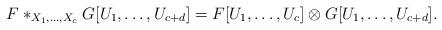
LaTeX: \begin{align*}F\ast_{X_1,\dots,X_c} G[U_1,\dots, U_{c+d}] = F[U_1,\dots,U_c]\otimes G[U_1,\dots, U_{c+d}].\end{align*}